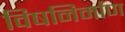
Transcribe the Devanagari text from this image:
विषनिर्माण